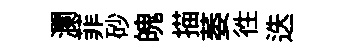
瀾菲砂魄描萎徃迭